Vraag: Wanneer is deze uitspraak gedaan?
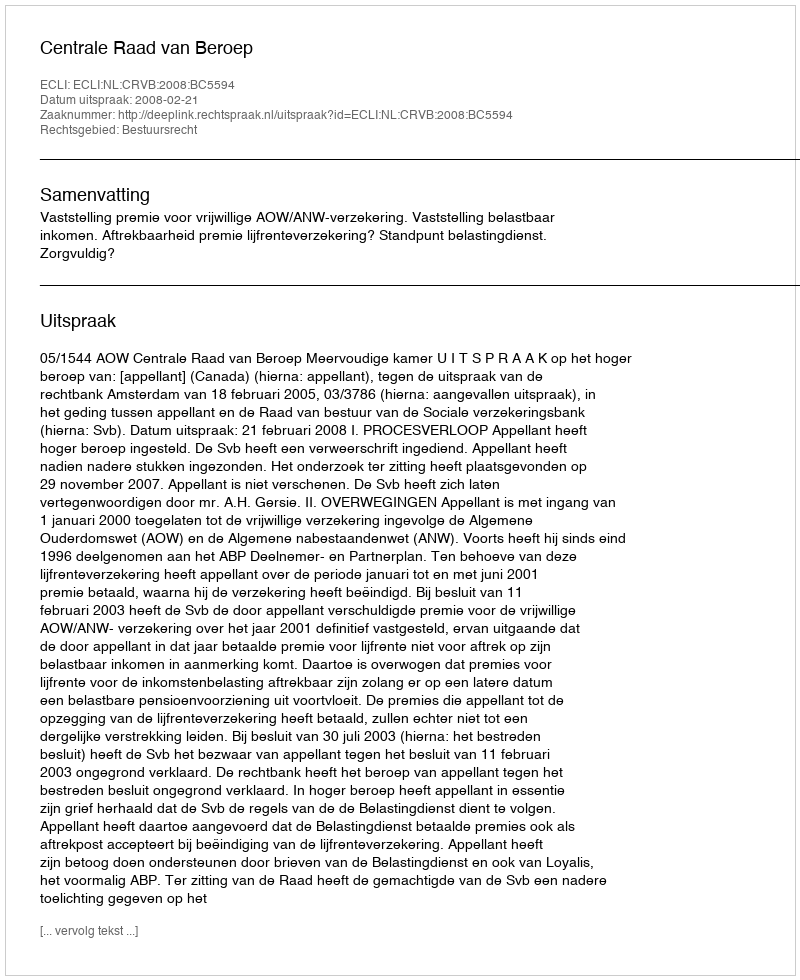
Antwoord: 2008-02-21